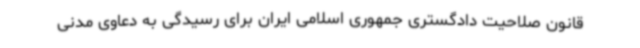
قانون صلاحیت دادگستری جمهوری اسلامی ایران برای رسیدگی به دعاوی مدنی